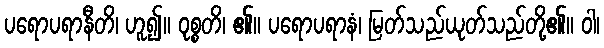
ပရောပရာနီတိ၊ ဟူ၍။ ဝုစ္စတိ၊ ၏။ ပရောပရာနံ၊ မြတ်သည်ယုတ်သည်တို့၏။ ဝါ၊